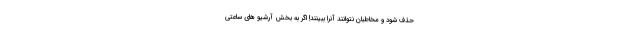
حذف شود و مخاطبان نتوانند آنرا ببینند! اگر به بخش آرشیو های ساعتی